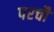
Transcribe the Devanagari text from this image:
परचौ